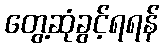
တွေ့ဆုံခွင့်ရရန်